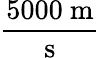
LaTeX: \frac{5000{\mathrm{~m}}}{\mathrm{s}}